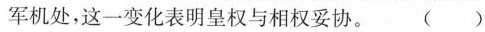
军机处，这一变化表明皇权与相权妥协。 ()